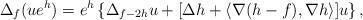
LaTeX: \begin{align*}\Delta_f(ue^h)=e^h\left\{\Delta_{f-2h}u+[\Delta h+\langle\nabla (h-f),\nabla h\rangle]u\right\},\end{align*}